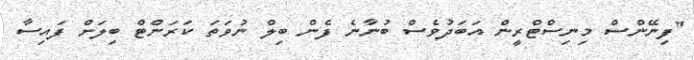
"ފިނޭންސް މިނިސްޓްރީން އަބަދުވެސް ބުނާނެ ފެން ބިލް ނުވަތަ ކަރަންޓް ބިލަށް ފައިސާ